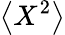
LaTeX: \left<X^{2}\right>